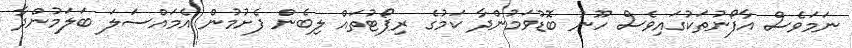
ނަމަވެސް އާފޯނުތަކުގައިވެސް ހޫނު ބޮޑުވަމުންދާ ކަމުގެ ރިޕޯޓުތައް ލިބެން ފެށުމުން އެމައްސަލަ ބަލަމުންދާ